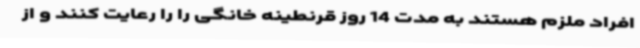
افراد ملزم هستند به مدت 14 روز قرنطینه خانگی را را رعایت کنند و از